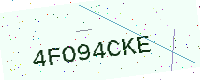
Text: 4FO94CKE